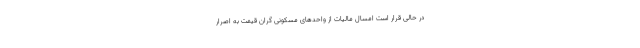
در حالی قرار است امسال مالیات از واحدهای مسکونی گران قیمت به اصرار